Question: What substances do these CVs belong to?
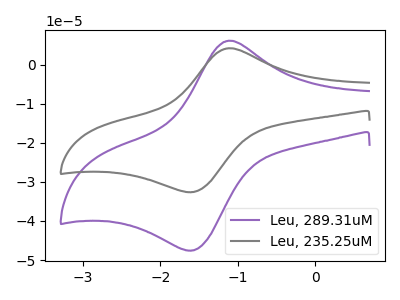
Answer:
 <answer>The purple curve is labeled "Leu, 289.31uM". The gray curve is labeled "Leu, 235.25uM".</answer>
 <eval></eval>